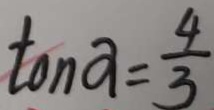
\tan a = \frac { 4 } { 3 }